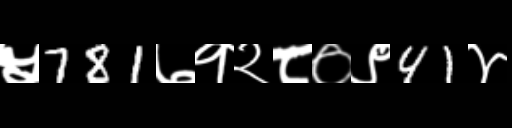
Text: ५781७१२८०९41४